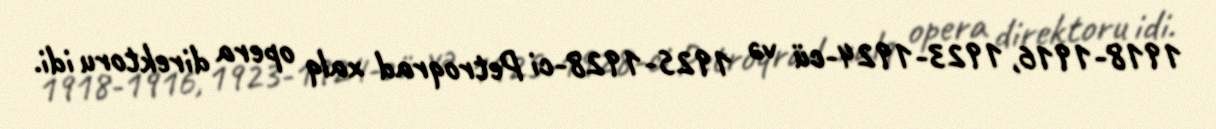
1918-1916, 1923-1924-cü və 1925-1928-ci Petroqrad xalq opera direktoru idi.